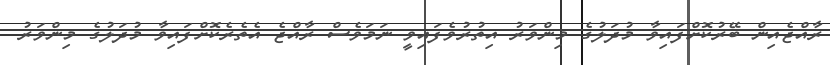
ރާއްޖެއިން ބޭރުކޮށްފައިވާ މުދަލުގެ މިންވަރު އިތުރުވެފައިވީ ނަމަވެސް ރާއްޖެ އެތެރެކޮށްފައިވާ މުދަލުގެ މިންވަރު